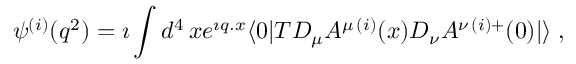
\psi ^ { ( i ) } ( q ^ { 2 } ) = \imath \int d ^ { 4 } \, x e ^ { \imath q . x } \langle 0 | T D _ { \mu } A ^ { \mu \, ( i ) } ( x ) D _ { \nu } A ^ { \nu \, ( i ) + } ( 0 ) | \rangle \; ,